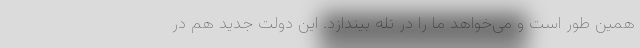
همین طور است و می‌خواهد ما را در تله بیندازد. این دولت جدید هم در